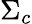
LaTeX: \Sigma_{c}